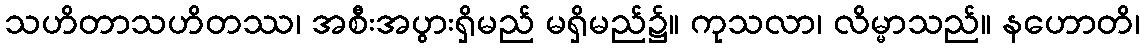
သဟိတာသဟိတဿ၊ အစီးအပွားရှိမည် မရှိမည်၌။ ကုသလာ၊ လိမ္မာသည်။ နဟောတိ၊